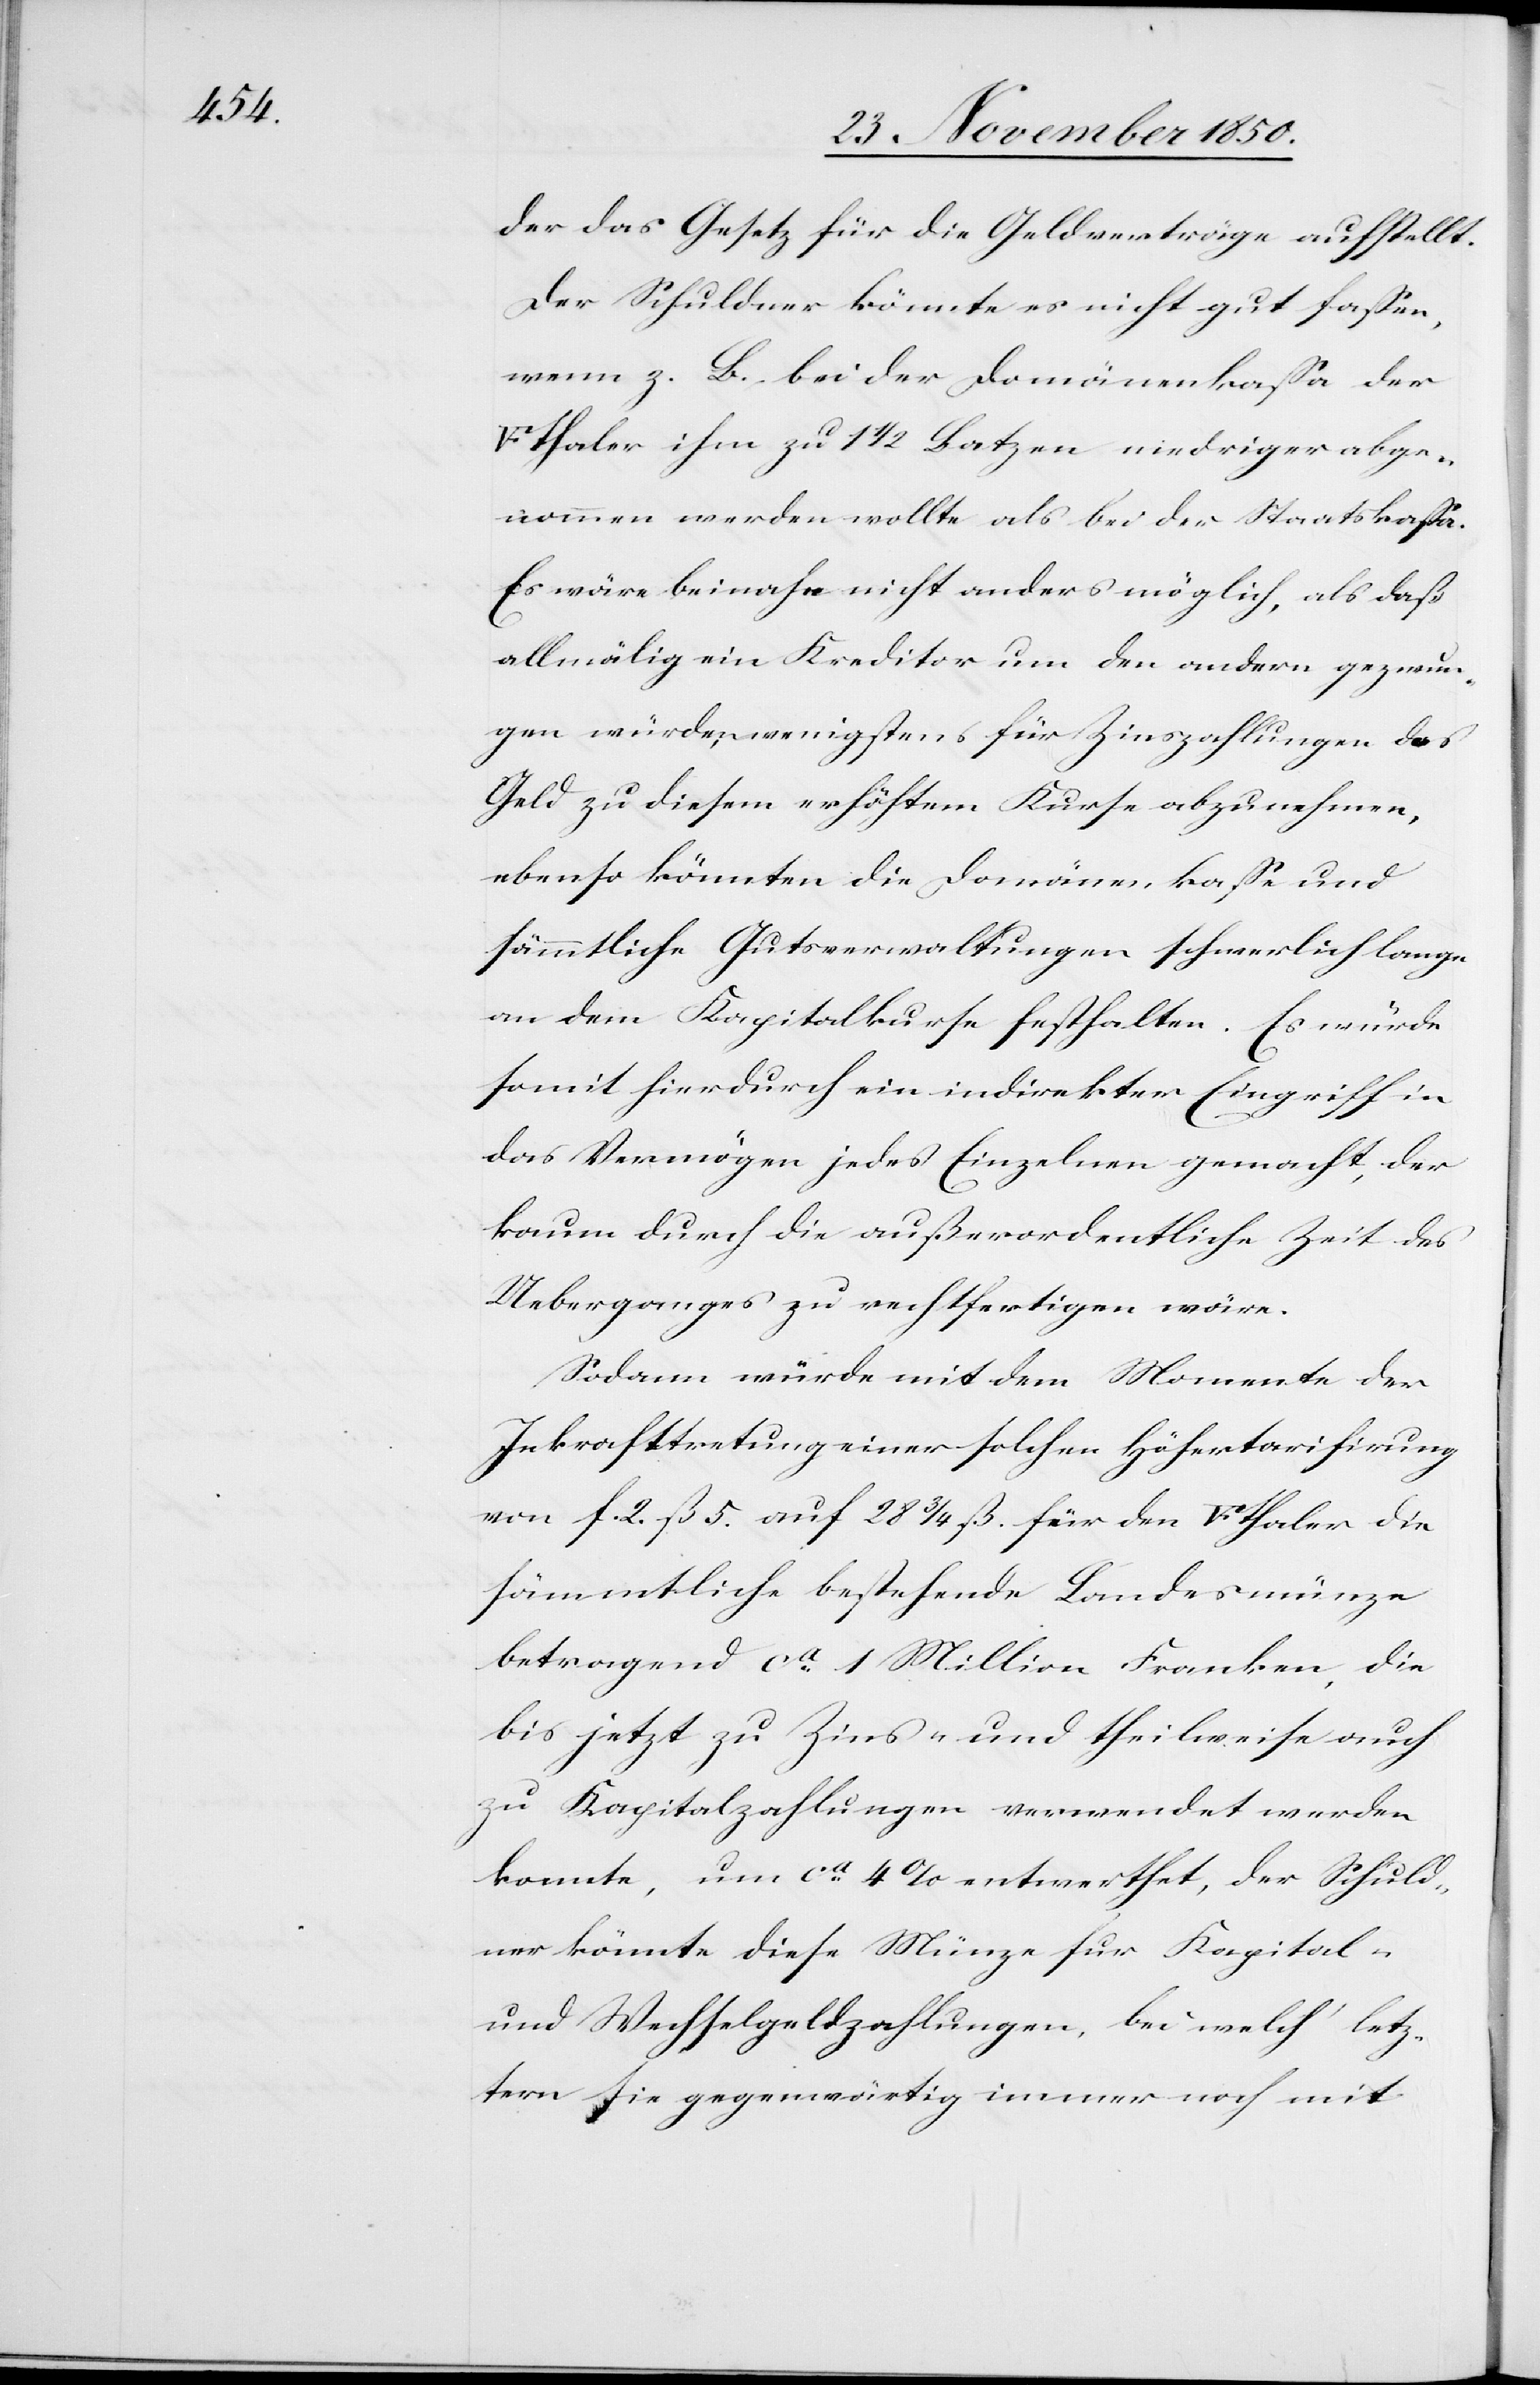
die

der das Gesetz für die Geldverträge aufstellt.
Der Schuldner könnte es nicht gut fassen,
wenn z. b. bei der Domänenkassa der
ken]thaler ihm zu 1 1/2 Batzen niedriger abge¬
nommen werden wollte als bei der Staatskassa.
Es wäre beinahe nicht anders möglich, als daß
allmälig ein Kreditor um den andern gezwun¬
gen würden, wenigstens für Zinszahlungen das
Geld zu diesem erhöhtem Kurse abzunehmen,
ebenso könnten die Domänenkasse und
sämmtliche Gutsverwaltungen schwerlich lange
an dem Kapitalkurse festhalten. Es würde
somit hierdurch ein indirekter Eingriff in
das Vermögen jedes Einzelnen gemacht, der
kaum durch die außerordentliche Zeit des
Ueberganges zu rechtfertigen wäre.
Sodann würde mit dem Momente der
Inkrafttretung einer solchen Höhertarifirung
von f. 2. ß 5. auf 28 3/4 ß. für den [Fünffr¬
sämmtliche bestehende Landesmünze
betragend ca 1 Million Franken, die
bis jetzt zu Zins- und theilweise auch
zu Kapitalzahlungen verwendet werden
konnte, um ca 4 % entwerthet, der Schuld¬
ner könnte diese Münze für Kapital-
und Wechselgeldzahlungen, bei welch‘ letz¬
tern sie gegenwärtig immer noch mit